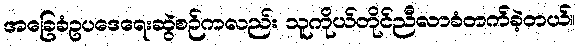
အခြေခံဥပဒေရေးဆွဲစဉ်ကလည်း သူကိုယ်တိုင်ညီလာခံတက်ခဲ့တယ်။